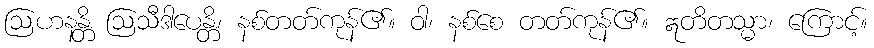
ဩဟနန္တိ ဩသီဒါပေန္တိ၊ နစ်တတ်ကုန်၏။ ဝါ၊ နစ်စေ တတ်ကုန်၏။ ဣတိတသ္မာ၊ ကြောင့်။